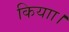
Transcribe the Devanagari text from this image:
कियाा।